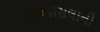
ખડકવાસલાની